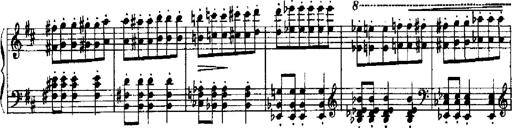
Title: RÃ©miniscences de Robert le diable
Composer: Franz Liszt